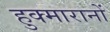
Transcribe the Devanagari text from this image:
हुक्मारानों